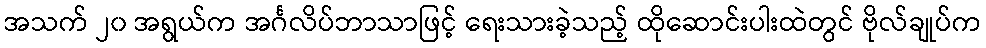
အသက် ၂၀ အရွယ်က အင်္ဂလိပ်ဘာသာဖြင့် ရေးသားခဲ့သည့် ထိုဆောင်းပါးထဲတွင် ဗိုလ်ချုပ်က